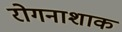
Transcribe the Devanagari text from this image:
रोगनाशाक